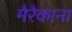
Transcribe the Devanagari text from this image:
मैरैकाना